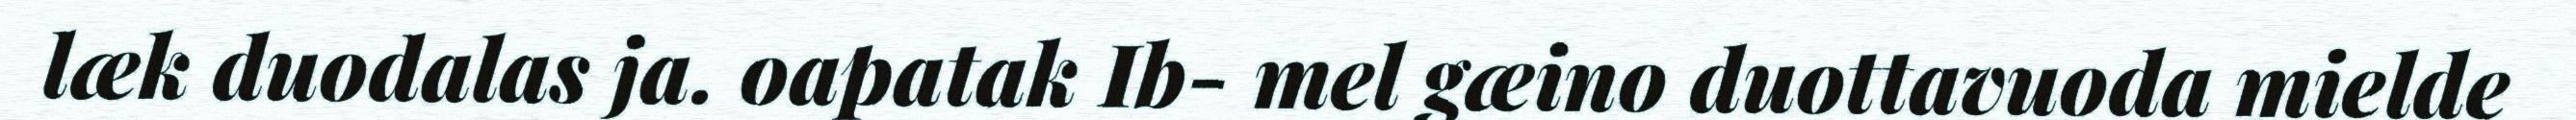
læk duodalas ja. oapatak Ib- mel gæino duottavuoda mielde